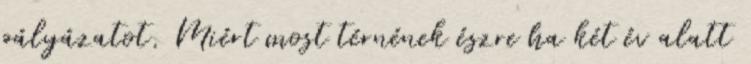
pályázatot. Miért most térnének észre ha két év alatt